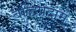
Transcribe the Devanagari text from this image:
बुद्धिप्रदाम्